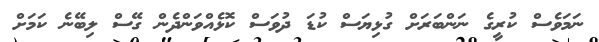
ނަމަވެސް ކުރީގެ ނަންބަރަށް ގުޅިޔަސް ކުޑަ ދުވަސް ކޮޅެއްވަންދެން ގޭސް ލިބޭނެ ކަމަށް